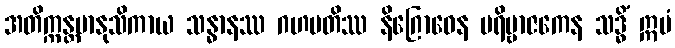
အတိက္ကန္တမာနုသိကာယ သန္ဓာနဿ ဂဟပတိဿ နိဂြောဓေန ပရိဗ္ဗာဇကေန သဒ္ဓိံ ဣမံ